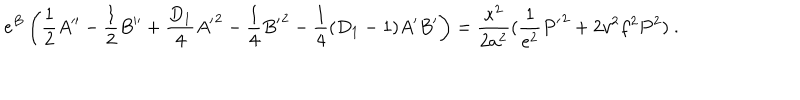
e ^ { B } \left( \frac { 1 } { 2 } A ^ { \prime \prime } - \frac { 1 } { 2 } B ^ { \prime \prime } + \frac { D _ { 1 } } { 4 } { A ^ { \prime } } ^ { 2 } - \frac { 1 } { 4 } { B ^ { \prime } } ^ { 2 } - \frac { 1 } { 4 } ( D _ { 1 } - 1 ) A ^ { \prime } B ^ { \prime } \right) = \frac { \kappa ^ { 2 } } { 2 a ^ { 2 } } ( \frac { 1 } { e ^ { 2 } } { P ^ { \prime } } ^ { 2 } + 2 v ^ { 2 } f ^ { 2 } P ^ { 2 } ) ~ .